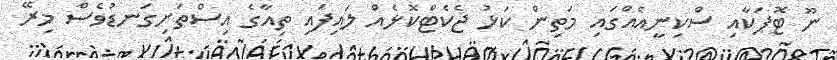
ނޫ ޓޮޕަކާއި ސްކިނީއެއްގައި މަތިން ކަޅު ޖެކެޓްކޮޅެއް ލައިފައި ތިއާގެ އިސްތަށިގަނޑުވެސް މިރޭ